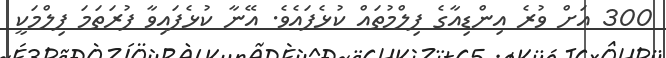
300 އަށް ވުރެ އިންޑިއާގެ ފިލްމުތައް ކުޅެފައެވެ. އޭނާ ކުޅެފައިވާ ފުރަތަމަ ފިލްމަކީ